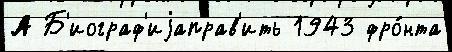
А Б'иограф'иjаправ'ить 1943 фро́нта